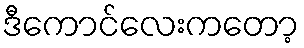
ဒီကောင်လေးကတော့